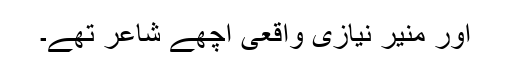
اور منیر نیازی واقعی اچھے شاعر تھے۔